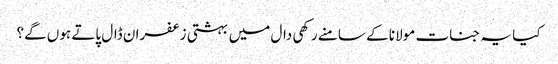
کیا یہ جنات مولانا کے سامنے رکھی دال میں بہشتی زعفران ڈال پاتے ہوں گے؟